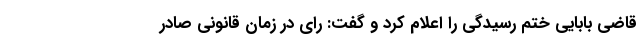
قاضی بابایی ختم رسیدگی را اعلام کرد و گفت: رای در زمان قانونی صادر